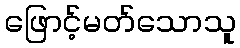
ဖြောင့်မတ်သောသူ